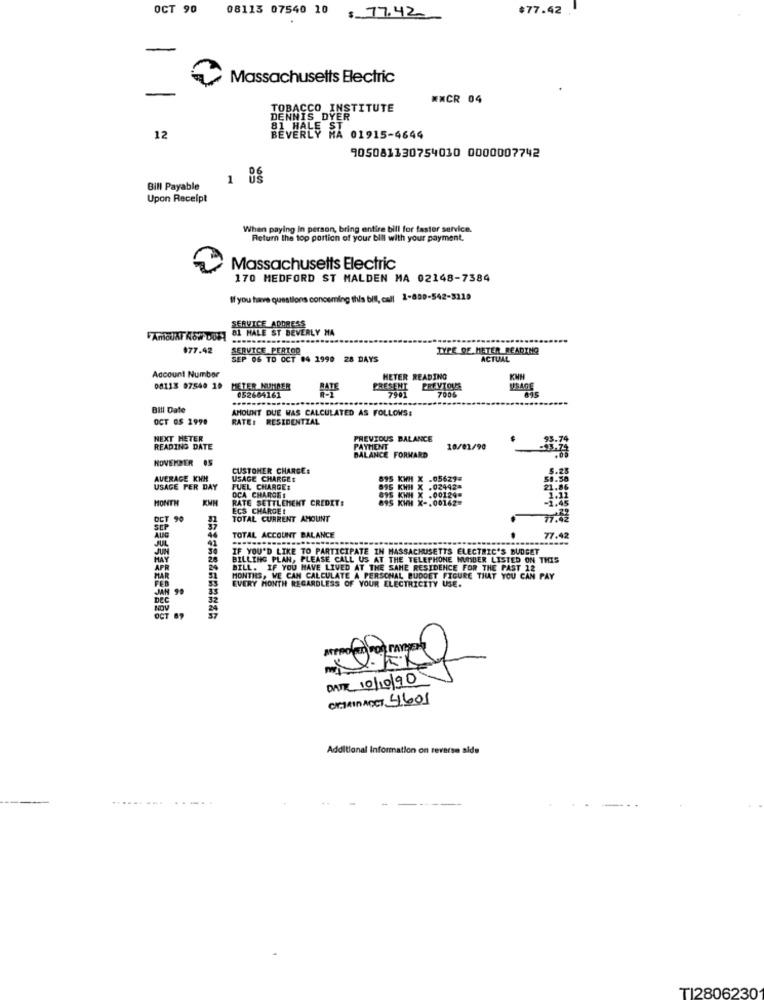
OCT 90
08113 07540 10
$77.42
$ 77.42
Massachusetts Electric
MMCR 04
TOBACCO INSTITUTE
DENNIS DYER
12
81 HALE HA 01915-4644
905081130754030 0000007742
1 0g
Bill Payable
Upon Receipt
When paying In person, bring entire bill for faster service
Return the top portion of your bill with your payment.
Massachusetts Electric
170 MEDFORD ST MALDEN MA 02148-7384
If you have questions concerning this bill, call 1-800-542-3119
81 HALE ST BEVERLY HA
SERVICE_ADDRESS
$77.42
SERVICE PERTOD
TYPE DE METER READING
SEP 06 TO OCT 04 1990 28 DAYS
ACTUAL
Account Number
HETER READING
KWH
08118 97540 19 METER NUMMER
BATE
PRESENT
7981
700%
USAGE
052684161
Bill Date
AMOUNT DUE WAS CALCULATED AS FOLLOWS:
OCT OS 2990
RATE: RESIDENTIAL
NEXT HETER
PREVIOUS BALANCE
93.74
READING DATE
PAYMENT
10/01/90
NOVEMBER 05
BALANCE FORWARD
CUSTOMER CHARGE:
5.23
AVERAGE KWH
USAGE CHARGES
895 KWH X .05627=
58.58
USAGE PER DAY
FUEL CHARGE:
895 KWH X .02442=
21.86
MONTH
RATE SETTLEMENT CREDIT:
DCA CHARGES
895 KWH X .00129.
895 KWH X -. 00162=
1.11
ECS CHARGE !
1.45
OCT 90
TOTAL CURRENT AMOUNT
77.42
SEP
TOTAL ACCOUNT BALANCE
JUL
46
41
77.42
IF YOU'D LIKE TO PARTICIPATE IN MASSACHUSETTS ELECTRIC'S BUDGET
HAY
28
BILLING PLAN, PLEASE CALL US AT THE TELEPHONE NUMBER LISTED ON THIS
AP
24
BILL. IF YOU HAVE LIVED AT THE SAME RESIDENCE FOR THE PAST 12
MAR
MONTHS, WE CAN CALCULATE A PERSONAL BUDGET FIGURE THAT YOU CAN PAY
EVERY MONTH REGARDLESS OF YOUR ELECTRICITY USE.
JAN 90
Dec
32
NOV
OCT 89
DATE 10/10/90
CICIAIn ACCT 4601
Additional Information on reverse alde
TI2806230